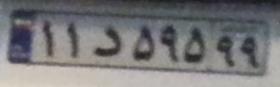
۱۱د۵۹۵۹۹